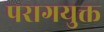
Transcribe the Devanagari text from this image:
परागयुक्त